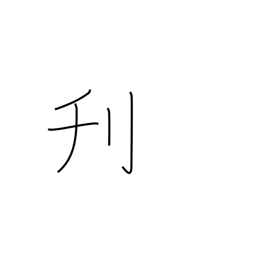
Meaning: whittle